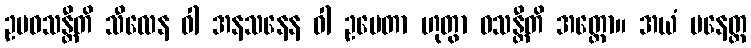
ဥပဝသန္တီတိ သီလေန ဝါ အနသနေန ဝါ ဥပေတာ ဟုတွာ ဝသန္တီတိ အတ္ထော။ အယံ ပနေတ္ထ